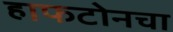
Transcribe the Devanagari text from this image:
हाफटोनचा